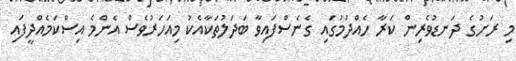
މި ރަށުގެ ދަނޑުވެރިން ކަރާ ހެއްދުމުގައި ގެނެސްފައިވާ ބަދަލުތަކާއެކު މިއަހަރުވެސް އެންމެ އިސްކަމެއްދީފައި